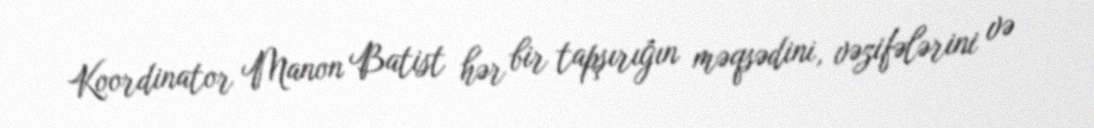
Koordinator Manon Batist hər bir tapşırığın məqsədini, vəzifələrini və